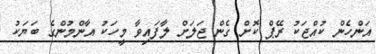
އަންހެން ކުއްޖަކު ރޭޕް ކޮށް ގެން ޖަލަށް ލާފައިވާ މީހަކު އާންމުންގެ ބަޔަކު